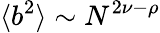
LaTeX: \langle b^{2}\rangle\sim N^{2\nu-\rho}